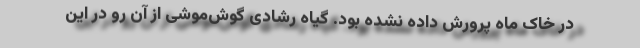
در خاک ماه پرورش داده نشده بود. گیاه رشادی گوش‌موشی از آن رو در این